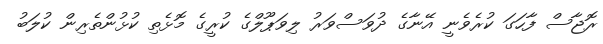
ރޮޖާސް ފާހަގަ ކުރެވެނީ އޭނާގެ ދުވަސްވަރު ލިވަޕޫލްގެ ކުރީގެ މޮޅެތި ކުޅުންތެރިން ކުލަބު